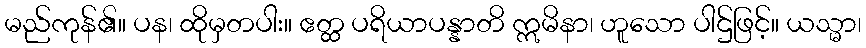
မည်ကုန်၏။ ပန၊ ထိုမှတပါး။ ဧတ္ထ ပရိယာပန္နာတိ ဣမိနာ၊ ဟူသော ပါဌ်ဖြင့်။ ယသ္မာ၊